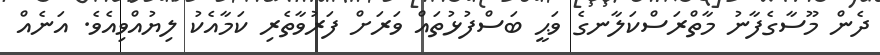
ދެން މޫސާގެފާނު މާތްރަސްކަލާނގެ ވަޙީ ބަސްފުޅުތައް ވަރަށް ފަރުވާތެރި ކަމާއެކު ލިޔުއްވިއެވެ. އަނެއް